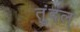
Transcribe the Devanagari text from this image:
तुंदल्